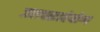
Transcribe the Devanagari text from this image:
जलचक्राचेयोग्य